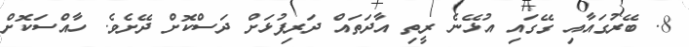
8. ބޭރުގައާއި ގޭގައި އުޅޭނެ ރީތި އާދަތައް ދަރިފުޅަށް ދަސްކޮށް ދޭށެވެ. ހާއްސަކޮށް